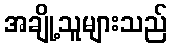
အချို့သူများသည်